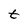
Character: t